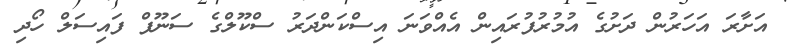
އަށާރަ އަހަރުން ދަށުގެ އުމުރުފުރައިން އެއްވަނަ އިސްކަންދަރު ސްކޫލްގެ ސަނޫފް ފައިސަލް ހޯދި